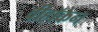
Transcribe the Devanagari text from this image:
वीहॉकेन